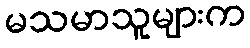
မသမာသူများက